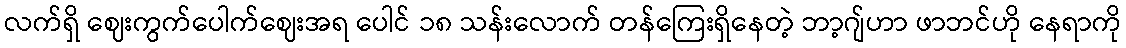
လက်ရှိ ဈေးကွက်ပေါက်ဈေးအရ ပေါင် ၁၈ သန်းလောက် တန်ကြေးရှိနေတဲ့ ဘာ့ဂျ်ဟာ ဖာဘင်ဟို နေရာကို